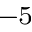
^ { - 5 }